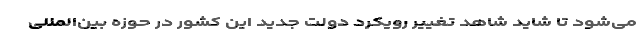
می‌شود تا شاید شاهد تغییر رویکرد دولت جدید این کشور در حوزه بین‌المللی